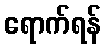
ရောက်ရန်